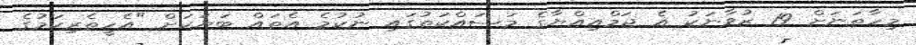
މިހާތަނަށް 19 ޒުވާނަކު އެ ޖަމްއިއްޔާގެ މަސައްކަތުގައި ނުކުމެ އެތައް ބަޔަކަށް "އެހީތެރިކަމުގެ